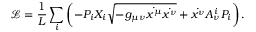
\mathcal { L } = \frac { 1 } { L } \sum _ { i } \left( - P _ { i } X _ { i } \sqrt { - g _ { \mu \nu } \dot { x ^ { \mu } } \dot { x ^ { \nu } } } + \dot { x ^ { \nu } } A _ { \nu } ^ { i } P _ { i } \right) .